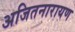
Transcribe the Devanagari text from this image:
अजितनारायण